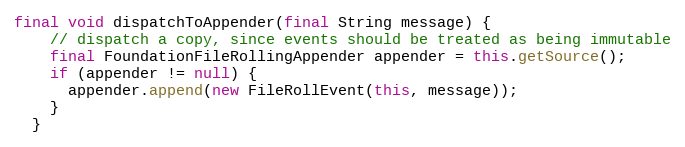
Language: Java
final void dispatchToAppender(final String message) {
    // dispatch a copy, since events should be treated as being immutable
    final FoundationFileRollingAppender appender = this.getSource();
    if (appender != null) {
      appender.append(new FileRollEvent(this, message));
    }
  }